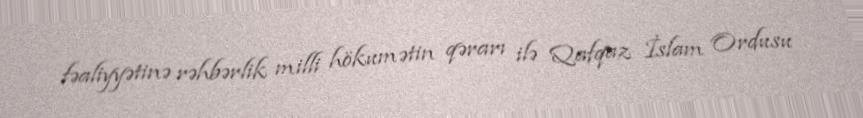
fəaliyyətinə rəhbərlik milli hökumətin qərarı ilə Qafqaz İslam Ordusu